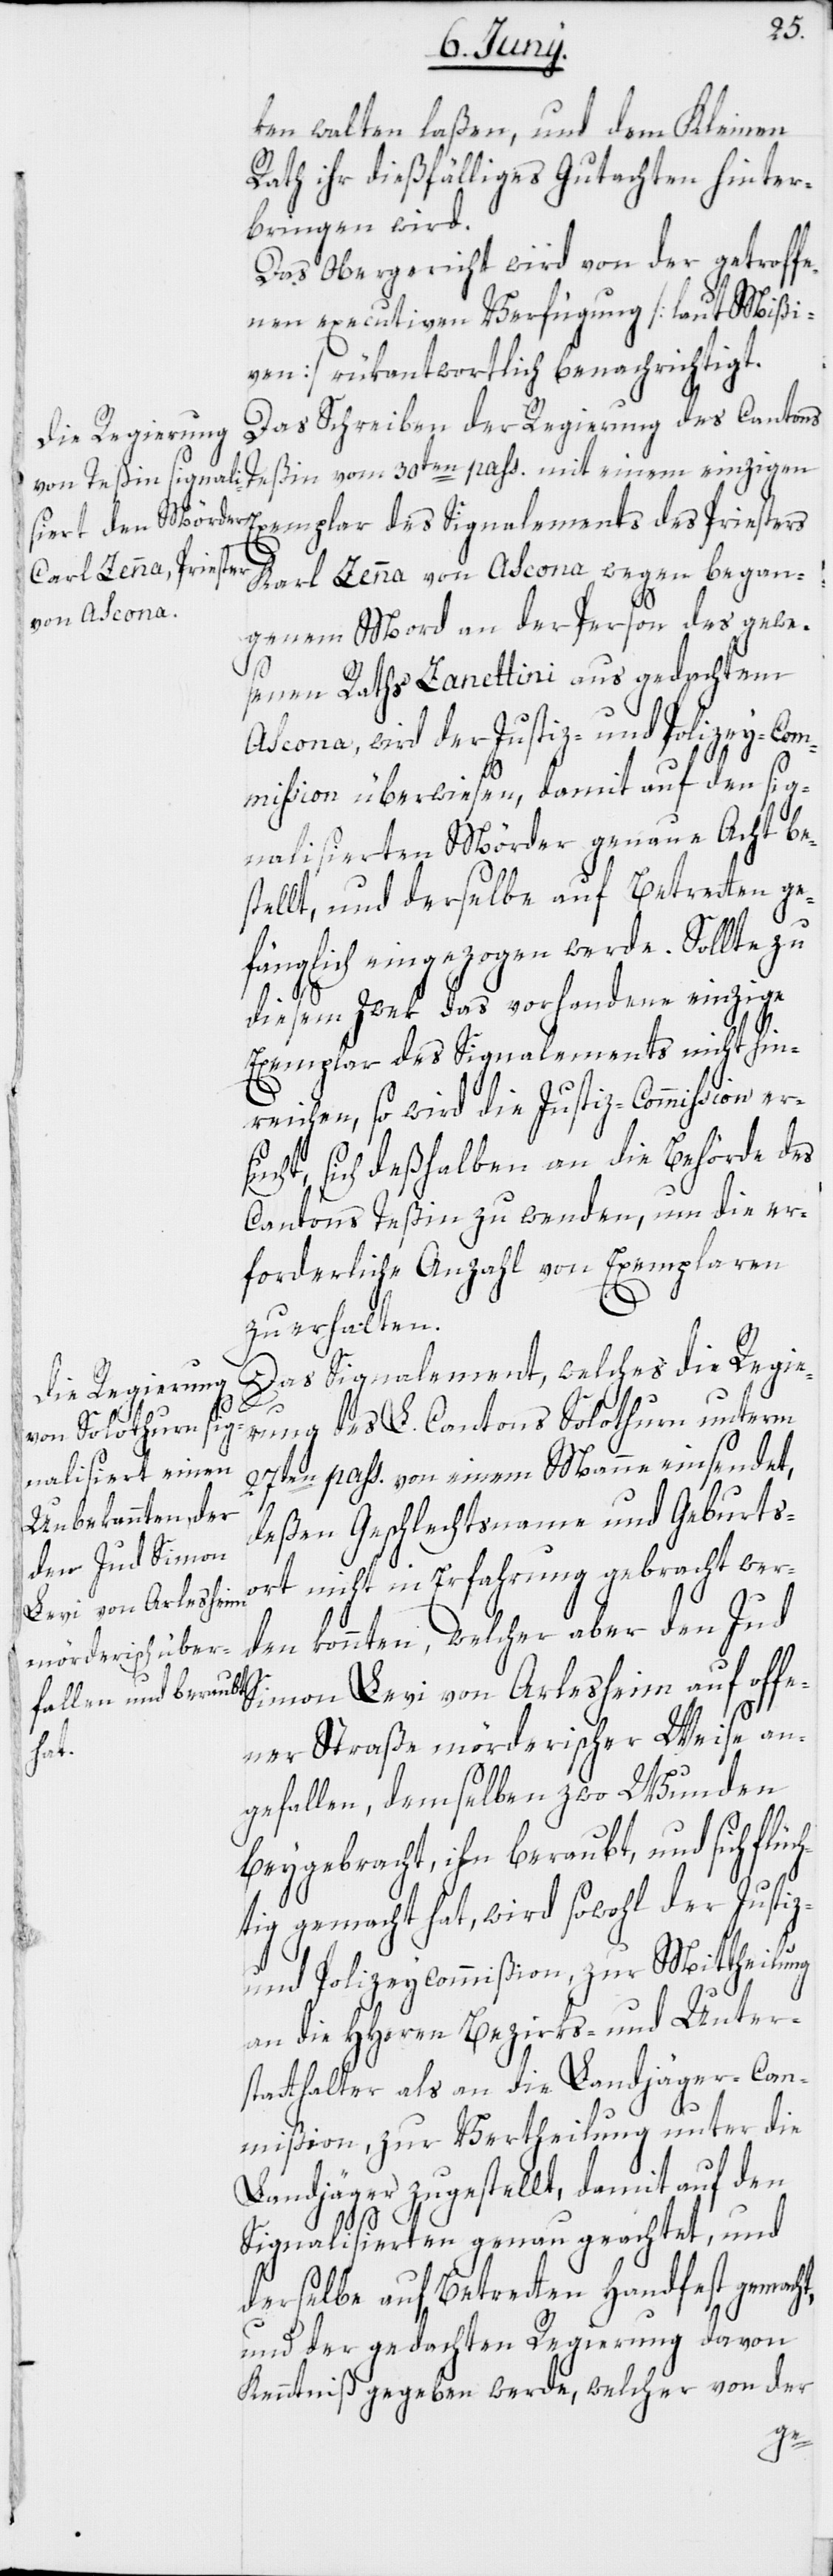
ken walten laßen, und dem Kleinen
Rath ihr dießfälliges Gutachten hinter¬
bringen wird.
Das Obergericht wird von der getroffe¬
nen executiven Verfügung [laut Mißi¬
ven] rükantwortlich benachrichtigt.
Das Schreiben der Regierung des Cantons
Teßin vom 30ten pass. mit einem einzigen
Karl Zenna von Ascona wegen began¬
genem Mord an der Person des gewe¬
senen Raths Zanettini aus gedachtem
Ascona, wird der Justiz- und Polizey-Com¬
mission überwiesen, damit auf den sig¬
nalisierten Mörder genaue Acht be¬
stellt, und derselbe auf Betretten ge¬
fänglich eingezogen werde. Sollte zu
diesem Zwek das vorhandene einzige
Exemplar des Signalements nicht hin¬
reichen, so wird die Justiz-Commission er¬
sucht, sich deßhalben an die Behörde des
Cantons Teßin zu wenden, um die er¬
forderliche Anzahl von Exemplaren
zu erhalten.
Das Signalement, welches die Regie¬
rung des L. Cantons Solothurn unterm
27ten pass. von einem Manne einsendet,
deßen Geschlechtsname und Geburts¬
ort nicht in Erfahrung gebracht wer¬
den konnten, welcher aber den Jud
Simon Levi von Arlesheim auf offe¬
ner Straße mörderischer Weise an¬
gefallen, demselben zwo Wunden
beygebracht, ihn beraubt, und sich flüc¬
htig gemacht hat, wird sowohl der Justiz-
und Polizeycommißion, zur Mittheilung
an die HHerren Bezirks- und Unter¬
statthalter als an die Landjäger-Com¬
mißion, zur Vertheilung unter die
Landjäger zugestellt, damit auf den
Signalisierten genau geachtet, und
derselbe auf Betretten Handfest gemacht,
und der gedachten Regierung davon
Kenntniß gegeben werde, welcher von der
sters